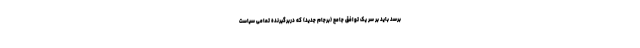
برسد باید بر سر یک توافق جامع (برجام جدید) که دربرگیرنده تمامی سیاست